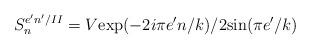
LaTeX: \begin{align*}S_{n}^{e'n'/II}=V\mbox{exp}(-2i\pi e'n/k)/2\mbox{sin}(\pi e'/k)\end{align*}